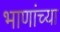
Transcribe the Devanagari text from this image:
भाणांच्या